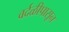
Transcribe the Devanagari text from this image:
वर्दळीपासून